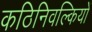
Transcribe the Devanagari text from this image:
कठिनिवल्कियों